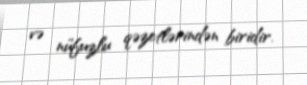
və nüfuzlu qəzetlərindən biridir.